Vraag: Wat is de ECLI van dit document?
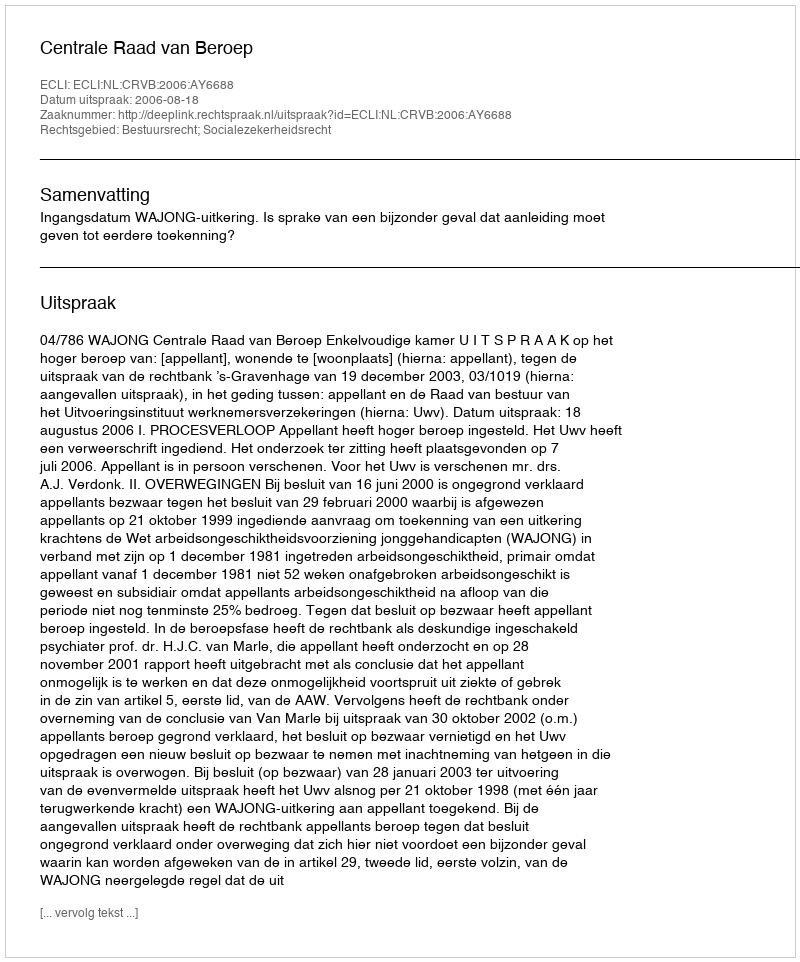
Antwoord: ECLI:NL:CRVB:2006:AY6688